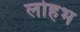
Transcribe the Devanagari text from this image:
लोहभ